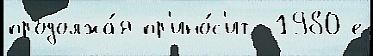
продолжа́я пр'ино́с'ит  1980-е